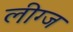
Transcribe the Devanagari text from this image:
लीग्ज